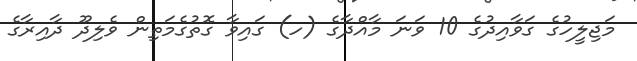
މަޖިލީހުގެ ގަވާއިދުގެ 10 ވަނަ މާއްދާގެ (ހ) ގައިވާ ގޮތުގެމަތިން ވެލިދޫ ދާއިރާގެ